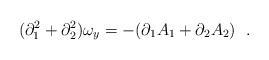
\begin{align*} (\partial_{1}^{2}+\partial_{2}^{2})\omega_{y}=-(\partial_{1}A_{1}+\partial_{2}A_{2})~~.\end{align*}